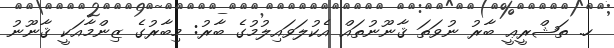
ހ. ތަޝްރީޢީ ބާރު ނުވަތަ ޤާނޫނުތައް އެކުލަވައިލުމުގެ ބާރު: މިބާރުގެ ޒިންމާއަކީ ޤާނޫނު